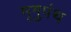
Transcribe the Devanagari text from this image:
मृगुपंथ